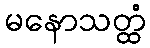
မနောသတ္ထံ